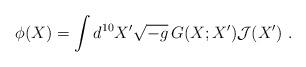
LaTeX: \begin{align*}\phi(X) = \int d^{10} X^\prime \sqrt{-g} \, G(X; X^\prime) {\cal J}(X^\prime)~.\end{align*}